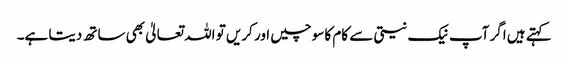
کہتے ہیں اگر آپ نیک نیتی سے کام کا سوچیں اور کریں تو اللہ تعالیٰ بھی ساتھ دیتا ہے۔